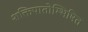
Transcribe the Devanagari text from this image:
शक्तिपातोम्भिषित